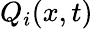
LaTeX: Q_{i}(x,t)